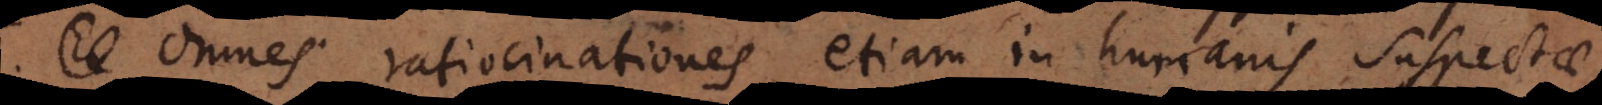
Ea Omnes ratiocinationes etiam in humanis suspectae